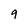
Character: 9